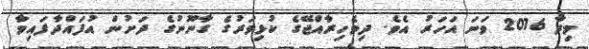
މިދާ 2016 ވަނަ އަހަރު އެވެ. ދިވެހިރާއްޖޭގެ ކުޅިވަރުގެ ގާނޫނުގެ ދަށުން އުފައްދާފައިވާ